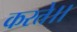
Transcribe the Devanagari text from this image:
करते।।